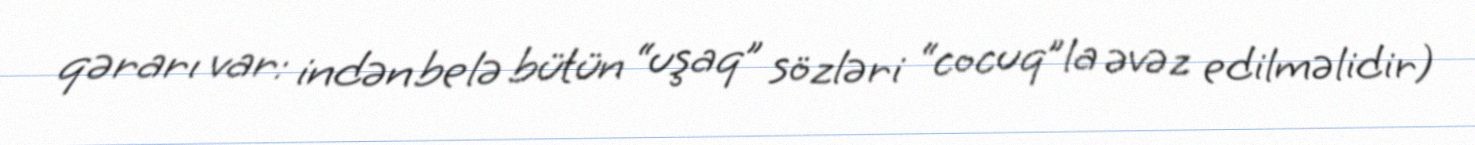
qərarı var: indən belə bütün “uşaq” sözləri “cocuq”la əvəz edilməlidir)